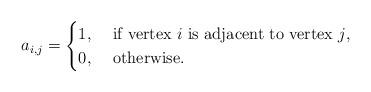
LaTeX: \begin{align*}a_{i,j} = \begin{cases}1, &\mbox{ if vertex $i$ is adjacent to vertex $j$,}\\0, &\mbox{ otherwise}.\end{cases}\end{align*}